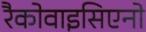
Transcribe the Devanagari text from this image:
रैकोवाइसिएनो